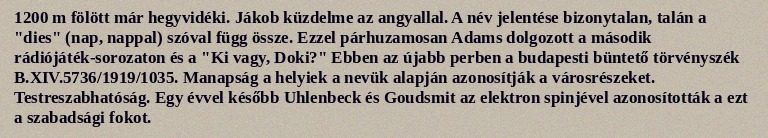
1200 m fölött már hegyvidéki. Jákob küzdelme az angyallal. A név jelentése bizonytalan, talán a "dies" (nap, nappal) szóval függ össze. Ezzel párhuzamosan Adams dolgozott a második rádiójáték-sorozaton és a "Ki vagy, Doki?" Ebben az újabb perben a budapesti büntető törvényszék B.XIV.5736/1919/1035. Manapság a helyiek a nevük alapján azonosítják a városrészeket. Testreszabhatóság. Egy évvel később Uhlenbeck és Goudsmit az elektron spinjével azonosították a ezt a szabadsági fokot.